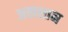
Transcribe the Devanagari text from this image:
अलशान